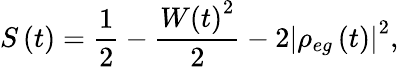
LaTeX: S\left(t\right)=\frac{1}{2}-\frac{W\left(t\right)^{2}}{2}-2\left|\rho_{eg}\left(t\right)\right|^{2},